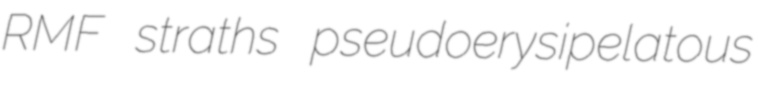
RMF straths pseudoerysipelatous